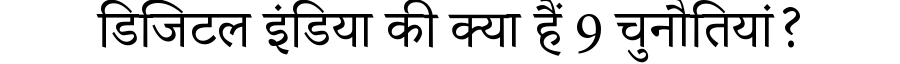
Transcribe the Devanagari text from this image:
डिजिटल इंडिया की क्या हैं 9 चुनौतियां?